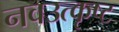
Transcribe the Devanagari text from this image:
नवउत्कृष्ट